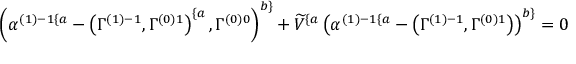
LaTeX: \left( \alpha ^ { \left( 1 \right) - 1 \{ a } - \left( \Gamma _ { } ^ { \left( 1 \right) - 1 } , \Gamma _ { } ^ { \left( 0 \right) 1 } \right) ^ { \{ a } , \Gamma _ { } ^ { \left( 0 \right) 0 } \right) ^ { b \} } + \widetilde { V } ^ { \{ a } \left( \alpha ^ { \left( 1 \right) - 1 \{ a } - \left( \Gamma _ { } ^ { \left( 1 \right) - 1 } , \Gamma _ { } ^ { \left( 0 \right) 1 } \right) \right) ^ { b \} } = 0